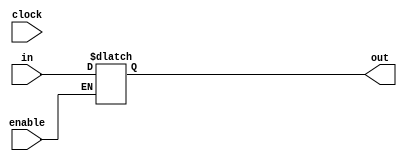
module PCRegWrite(clock,in,out,enable);
input [31:0] in;
input clock,enable;
output reg [31:0] out;

initial begin
 out=32'b0;
end
always @(in) begin
if(enable==1'b1)
    out=in;
   end
endmodule